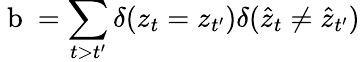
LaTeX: \mathrm{~b~}=\sum_{t>t^{\prime}}\delta(z_{t}=z_{t^{\prime}})\delta(\hat{z}_{t}\neq\hat{z}_{t^{\prime}})